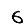
Digit: 6